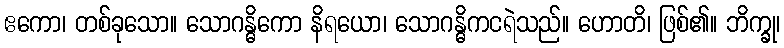
ဧကော၊ တစ်ခုသော။ သောဂန္ဓိကော နိရယော၊ သောဂန္ဓိကငရဲသည်။ ဟောတိ၊ ဖြစ်၏။ ဘိက္ခု၊